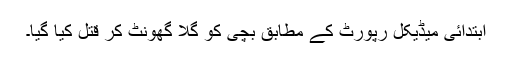
ابتدائی میڈیکل رپورٹ کے مطابق بچی کو گلا گھونٹ کر قتل کیا گیا۔